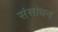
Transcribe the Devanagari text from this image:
संसांधन